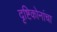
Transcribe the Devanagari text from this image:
दृष्टिकोनांचा